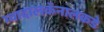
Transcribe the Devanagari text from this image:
ग्वादालकॅनालकडे